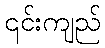
၎င်းကျည်